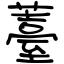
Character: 薹